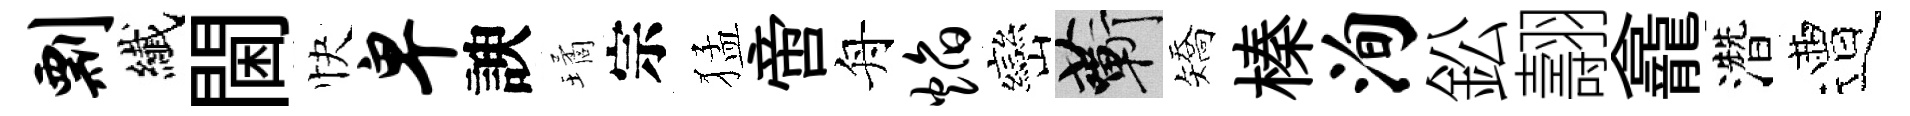
剽纎閫快卑諛璚宗猛啻舟焰巒蔪矯榛洵鈆翿龕濳遭